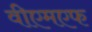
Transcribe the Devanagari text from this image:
वीएमएफ